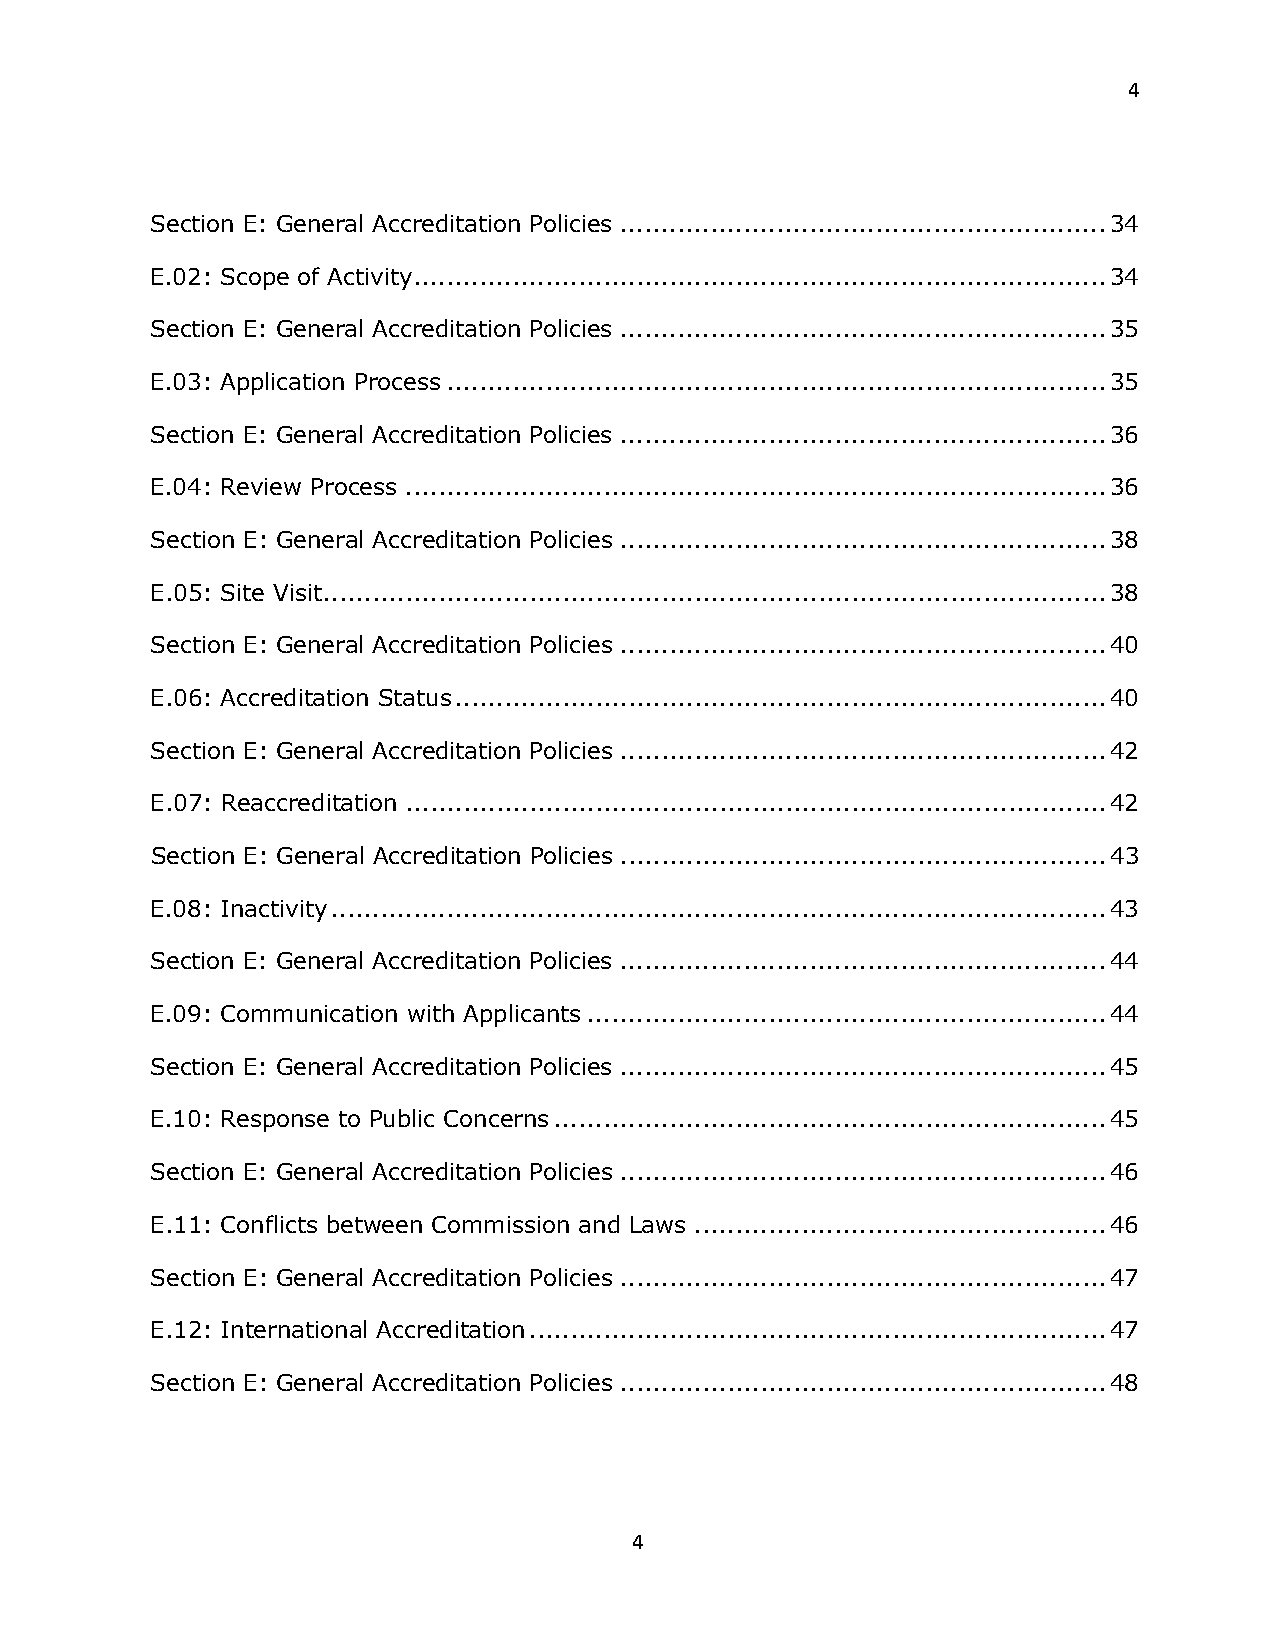
4
 Section E: General Accreditation Policies ........................................................... 34
 E.02: Scope of Activity .................................................................................... 34
 Section E: General Accreditation Policies ........................................................... 35
 E.03: Application Process ................................................................................ 35
 Section E: General Accreditation Policies ........................................................... 36
 E.04: Review Process ..................................................................................... 36
 Section E: General Accreditation Policies ........................................................... 38
 E.05: Site Visit ............................................................................................... 38
 Section E: General Accreditation Policies ........................................................... 40
 E.06: Accreditation Status ............................................................................... 40
 Section E: General Accreditation Policies ........................................................... 42
 E.07: Reaccreditation ..................................................................................... 42
 Section E: General Accreditation Policies ........................................................... 43
 E.08: Inactivity .............................................................................................. 43
 Section E: General Accreditation Policies ........................................................... 44
 E.09: Communication with Applicants ............................................................... 44
 Section E: General Accreditation Policies ........................................................... 45
 E.10: Response to Public Concerns ................................................................... 45
 Section E: General Accreditation Policies ........................................................... 46
 E.11: Conflicts between Commission and Laws .................................................. 46
 Section E: General Accreditation Policies ........................................................... 47
 E.12: International Accreditation ...................................................................... 47
 Section E: General Accreditation Policies ........................................................... 48
 4